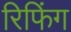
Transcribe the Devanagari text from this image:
रिफिंग